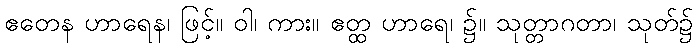
ဧတေန ဟာရေန၊ ဖြင့်။ ဝါ၊ ကား။ ဧတ္ထ ဟာရေ၊ ၌။ သုတ္တာဂတာ၊ သုတ်၌